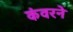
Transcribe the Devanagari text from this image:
कंवरने